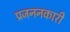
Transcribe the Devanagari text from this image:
प्रजननकारी